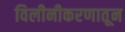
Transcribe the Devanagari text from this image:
विलीनीकरणातून